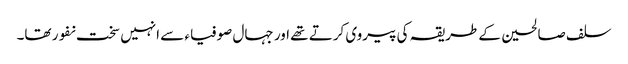
سلف صالحین کے طریقہ کی پیروی کرتے تھے اور جہال صوفیاء سے انہیں سخت نفور تھا۔